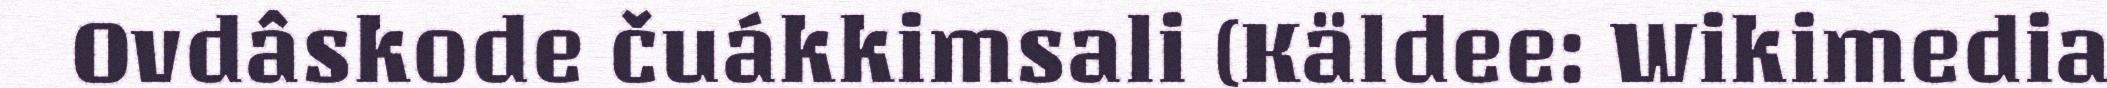
Ovdâskode čuákkimsali (Käldee: Wikimedia